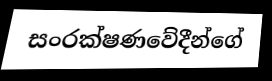
සංරක්ෂණවේදීන්ගේ